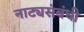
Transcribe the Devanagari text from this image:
नाट्यसंबंधी